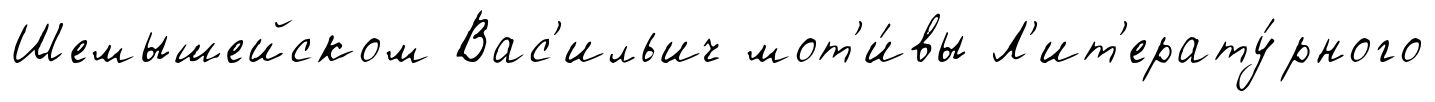
Шемышейском Вас'ильич мот'и́вы Л'ит'ерату́рного